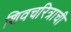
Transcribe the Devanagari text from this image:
शिवचरित्राची